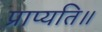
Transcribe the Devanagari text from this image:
प्राप्यति॥